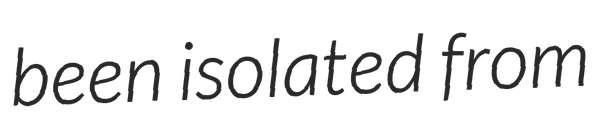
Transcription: been isolated from